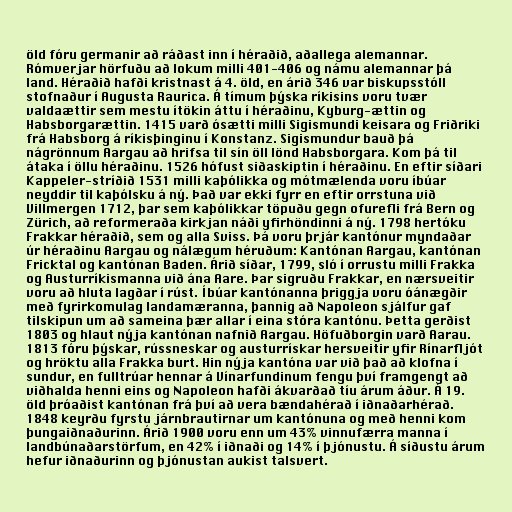
öld fóru germanir að ráðast inn í héraðið, aðallega alemannar.
Rómverjar hörfuðu að lokum milli 401-406 og námu alemannar þá
land. Héraðið hafði kristnast á 4. öld, en árið 346 var biskupsstóll
stofnaður í Augusta Raurica. Á tímum þýska ríkisins voru tvær
valdaættir sem mestu ítökin áttu í héraðinu, Kyburg-ættin og
Habsborgarættin. 1415 varð ósætti milli Sigismundi keisara og Friðriki
frá Habsborg á ríkisþinginu í Konstanz. Sigismundur bauð þá
nágrönnum Aargau að hrifsa til sín öll lönd Habsborgara. Kom þá til
átaka í öllu héraðinu. 1526 hófust siðaskiptin í héraðinu. En eftir síðari
Kappeler-stríðið 1531 milli kaþólikka og mótmælenda voru íbúar
neyddir til kaþólsku á ný. Það var ekki fyrr en eftir orrstuna við
Villmergen 1712, þar sem kaþólikkar töpuðu gegn ofurefli frá Bern og
Zürich, að reformeraða kirkjan náði yfirhöndinni á ný. 1798 hertóku
Frakkar héraðið, sem og alla Sviss. Þá voru þrjár kantónur myndaðar
úr héraðinu Aargau og nálægum héruðum: Kantónan Aargau, kantónan
Fricktal og kantónan Baden. Árið síðar, 1799, sló í orrustu milli Frakka
og Austurríkismanna við ána Aare. Þar sigruðu Frakkar, en nærsveitir
voru að hluta lagðar í rúst. Íbúar kantónanna þriggja voru óánægðir
með fyrirkomulag landamæranna, þannig að Napoleon sjálfur gaf
tilskipun um að sameina þær allar í eina stóra kantónu. Þetta gerðist
1803 og hlaut nýja kantónan nafnið Aargau. Höfuðborgin varð Aarau.
1813 fóru þýskar, rússneskar og austurrískar hersveitir yfir Rínarfljót
og hröktu alla Frakka burt. Hin nýja kantóna var við það að klofna í
sundur, en fulltrúar hennar á Vínarfundinum fengu því framgengt að
viðhalda henni eins og Napoleon hafði ákvarðað tíu árum áður. Á 19.
öld þróaðist kantónan frá því að vera bændahérað í iðnaðarhérað.
1848 keyrðu fyrstu járnbrautirnar um kantónuna og með henni kom
þungaiðnaðurinn. Árið 1900 voru enn um 43% vinnufærra manna í
landbúnaðarstörfum, en 42% í iðnaði og 14% í þjónustu. Á síðustu árum
hefur iðnaðurinn og þjónustan aukist talsvert.